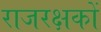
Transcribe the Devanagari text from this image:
राजरक्षकों